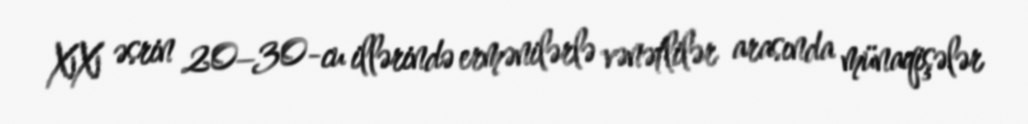
XX əsrin 20–30-cu illərində ermənilərlə vənətlilər arasında münaqişələr